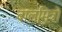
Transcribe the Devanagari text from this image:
बालमित्रो